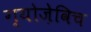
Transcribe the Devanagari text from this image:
ग्योज़ेविच